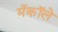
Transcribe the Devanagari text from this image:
मॅकॉले